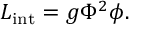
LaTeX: { \cal L } _ { \mathrm { i n t } } = g \Phi ^ { 2 } \phi .